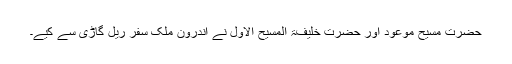
حضرت مسیح موعودؑ اور حضرت خلیفۃ المسیح الاولؓ نے اندرون ملک سفر ریل گاڑی سے کیے۔